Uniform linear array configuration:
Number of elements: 32
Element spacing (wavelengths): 0.5
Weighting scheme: binomial
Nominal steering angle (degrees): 15
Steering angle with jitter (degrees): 13.619
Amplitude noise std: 0.05
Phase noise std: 0.05

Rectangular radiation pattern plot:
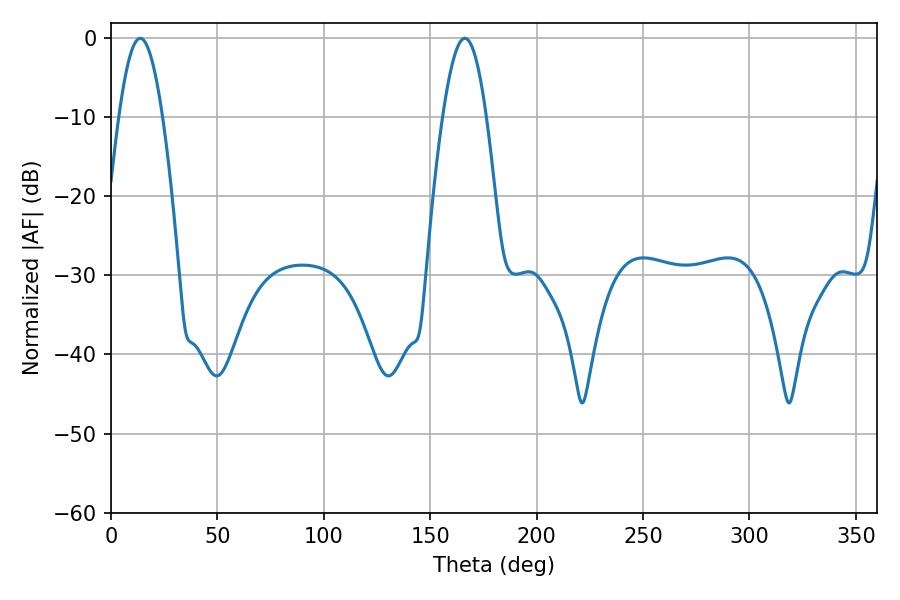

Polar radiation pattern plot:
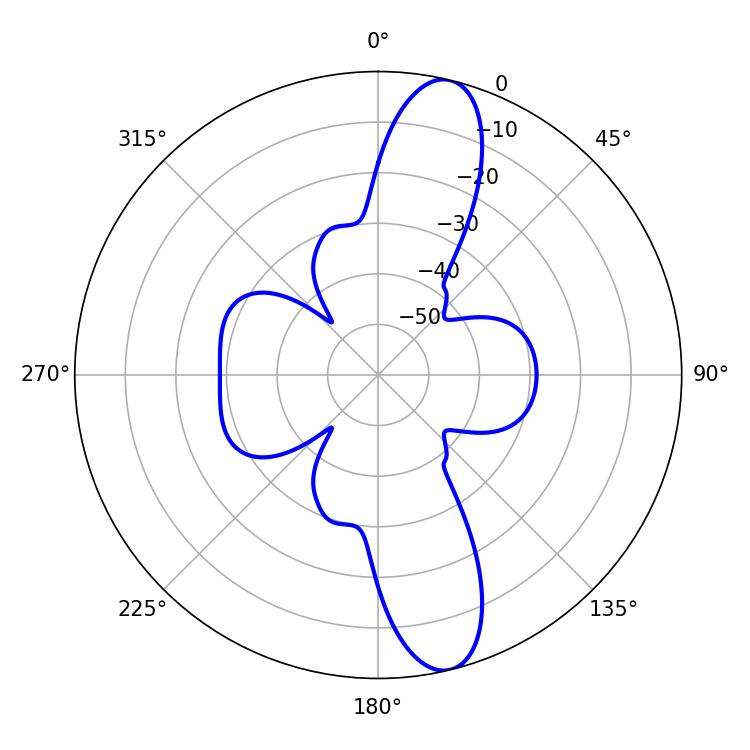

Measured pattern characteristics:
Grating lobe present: FALSE
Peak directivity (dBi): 13.045
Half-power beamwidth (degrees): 10.98
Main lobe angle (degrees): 13.68